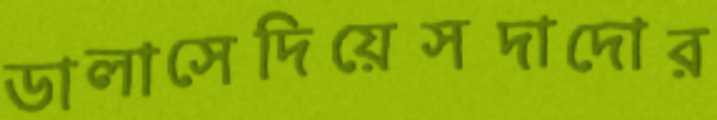
ডালাসেদিয়েসদাদোর